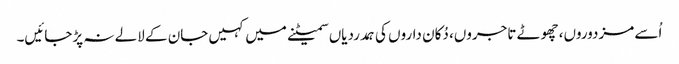
اُسے مزدوروں، چھوٹے تاجروں، دُکان داروں کی ہمدردیاں سمیٹنے میں کہیں جان کے لالے نہ پڑجائیں۔